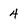
Character: 4